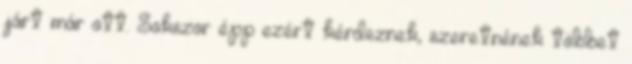
járt már ott. Sokszor épp ezért kérdeznek, szeretnének többet